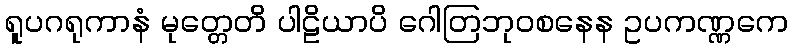
ရူပဂရုကာနံ မုတ္တေတိ ပါဠိယာပိ ဂေါတြဘုဝစနေန ဥပကဏ္ဏကေ